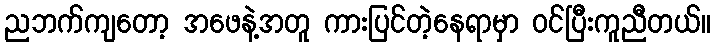
ညဘက်ကျတော့ အဖေနဲ့အတူ ကားပြင်တဲ့နေရာမှာ ဝင်ပြီးကူညီတယ်။